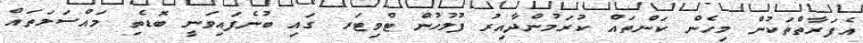
އެފަރާތްތަކުން މިހެން ކަންތައް ކުރަމުންދާއިރު ފުލުހުން ޓްވިޓަރ ގައި ބުނެފައިވަނީ ބޮޑެތި މައްސަލަތައް